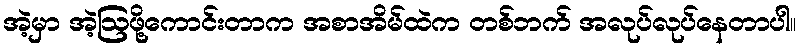
အဲ့မှာ အဲ့ဩဖို့ကောင်းတာက အစာအိမ်ထဲက တစ်ဘက် အလုပ်လုပ်နေတာပါ။